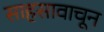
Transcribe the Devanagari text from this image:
साहसावाचून